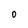
Character: 0